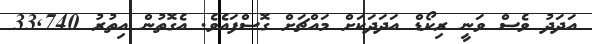
އަދަދު ވެސް ވަނީ ރިކޯޑް އަދަދަކަށް މައްޗަށް ގޮސްފައެވެ. އެގޮތުން އިތުރު 33